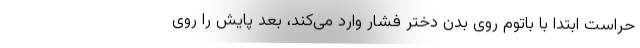
حراست ابتدا با باتوم روی بدن دختر فشار وارد می‌کند، بعد پایش را روی